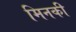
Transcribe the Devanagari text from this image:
मिनकी